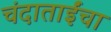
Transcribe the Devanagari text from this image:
चंदाताईंचा